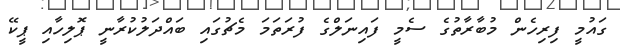
ގައުމީ ފިރިހެން މުބާރާތުގެ ސެމީ ފައިނަލްގެ ފުރަތަމަ މެޗުގައި ބައްދަލުކުރާނީ ޕޮލިހާއި ޕީކޭ